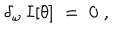
\delta _ { \omega } \, I [ \theta ] \; = \; 0 \; ,